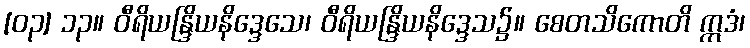
[၀၃] ၁၃။ ဝီရိယန္ဒြိယနိဒ္ဒေသေ၊ ဝီရိယန္ဒြိယနိဒ္ဒေသ၌။ စေတသိကောတိ ဣဒံ၊